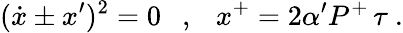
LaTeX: (\dot{x}\pm x^{\prime})^{2}=0\ \ \ ,\ \ \ x^{+}=2\alpha^{\prime}P^{+}\, \tau\ .